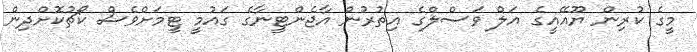
މީގެ ކުރިން ޔޫއޭއީގެ އަލް ވަސްލްގެ އިތުރުން އާޖެންޓީނާގެ ގައުމީ ޓީމަށްވެސް ކޯޗުކޮށްދިން